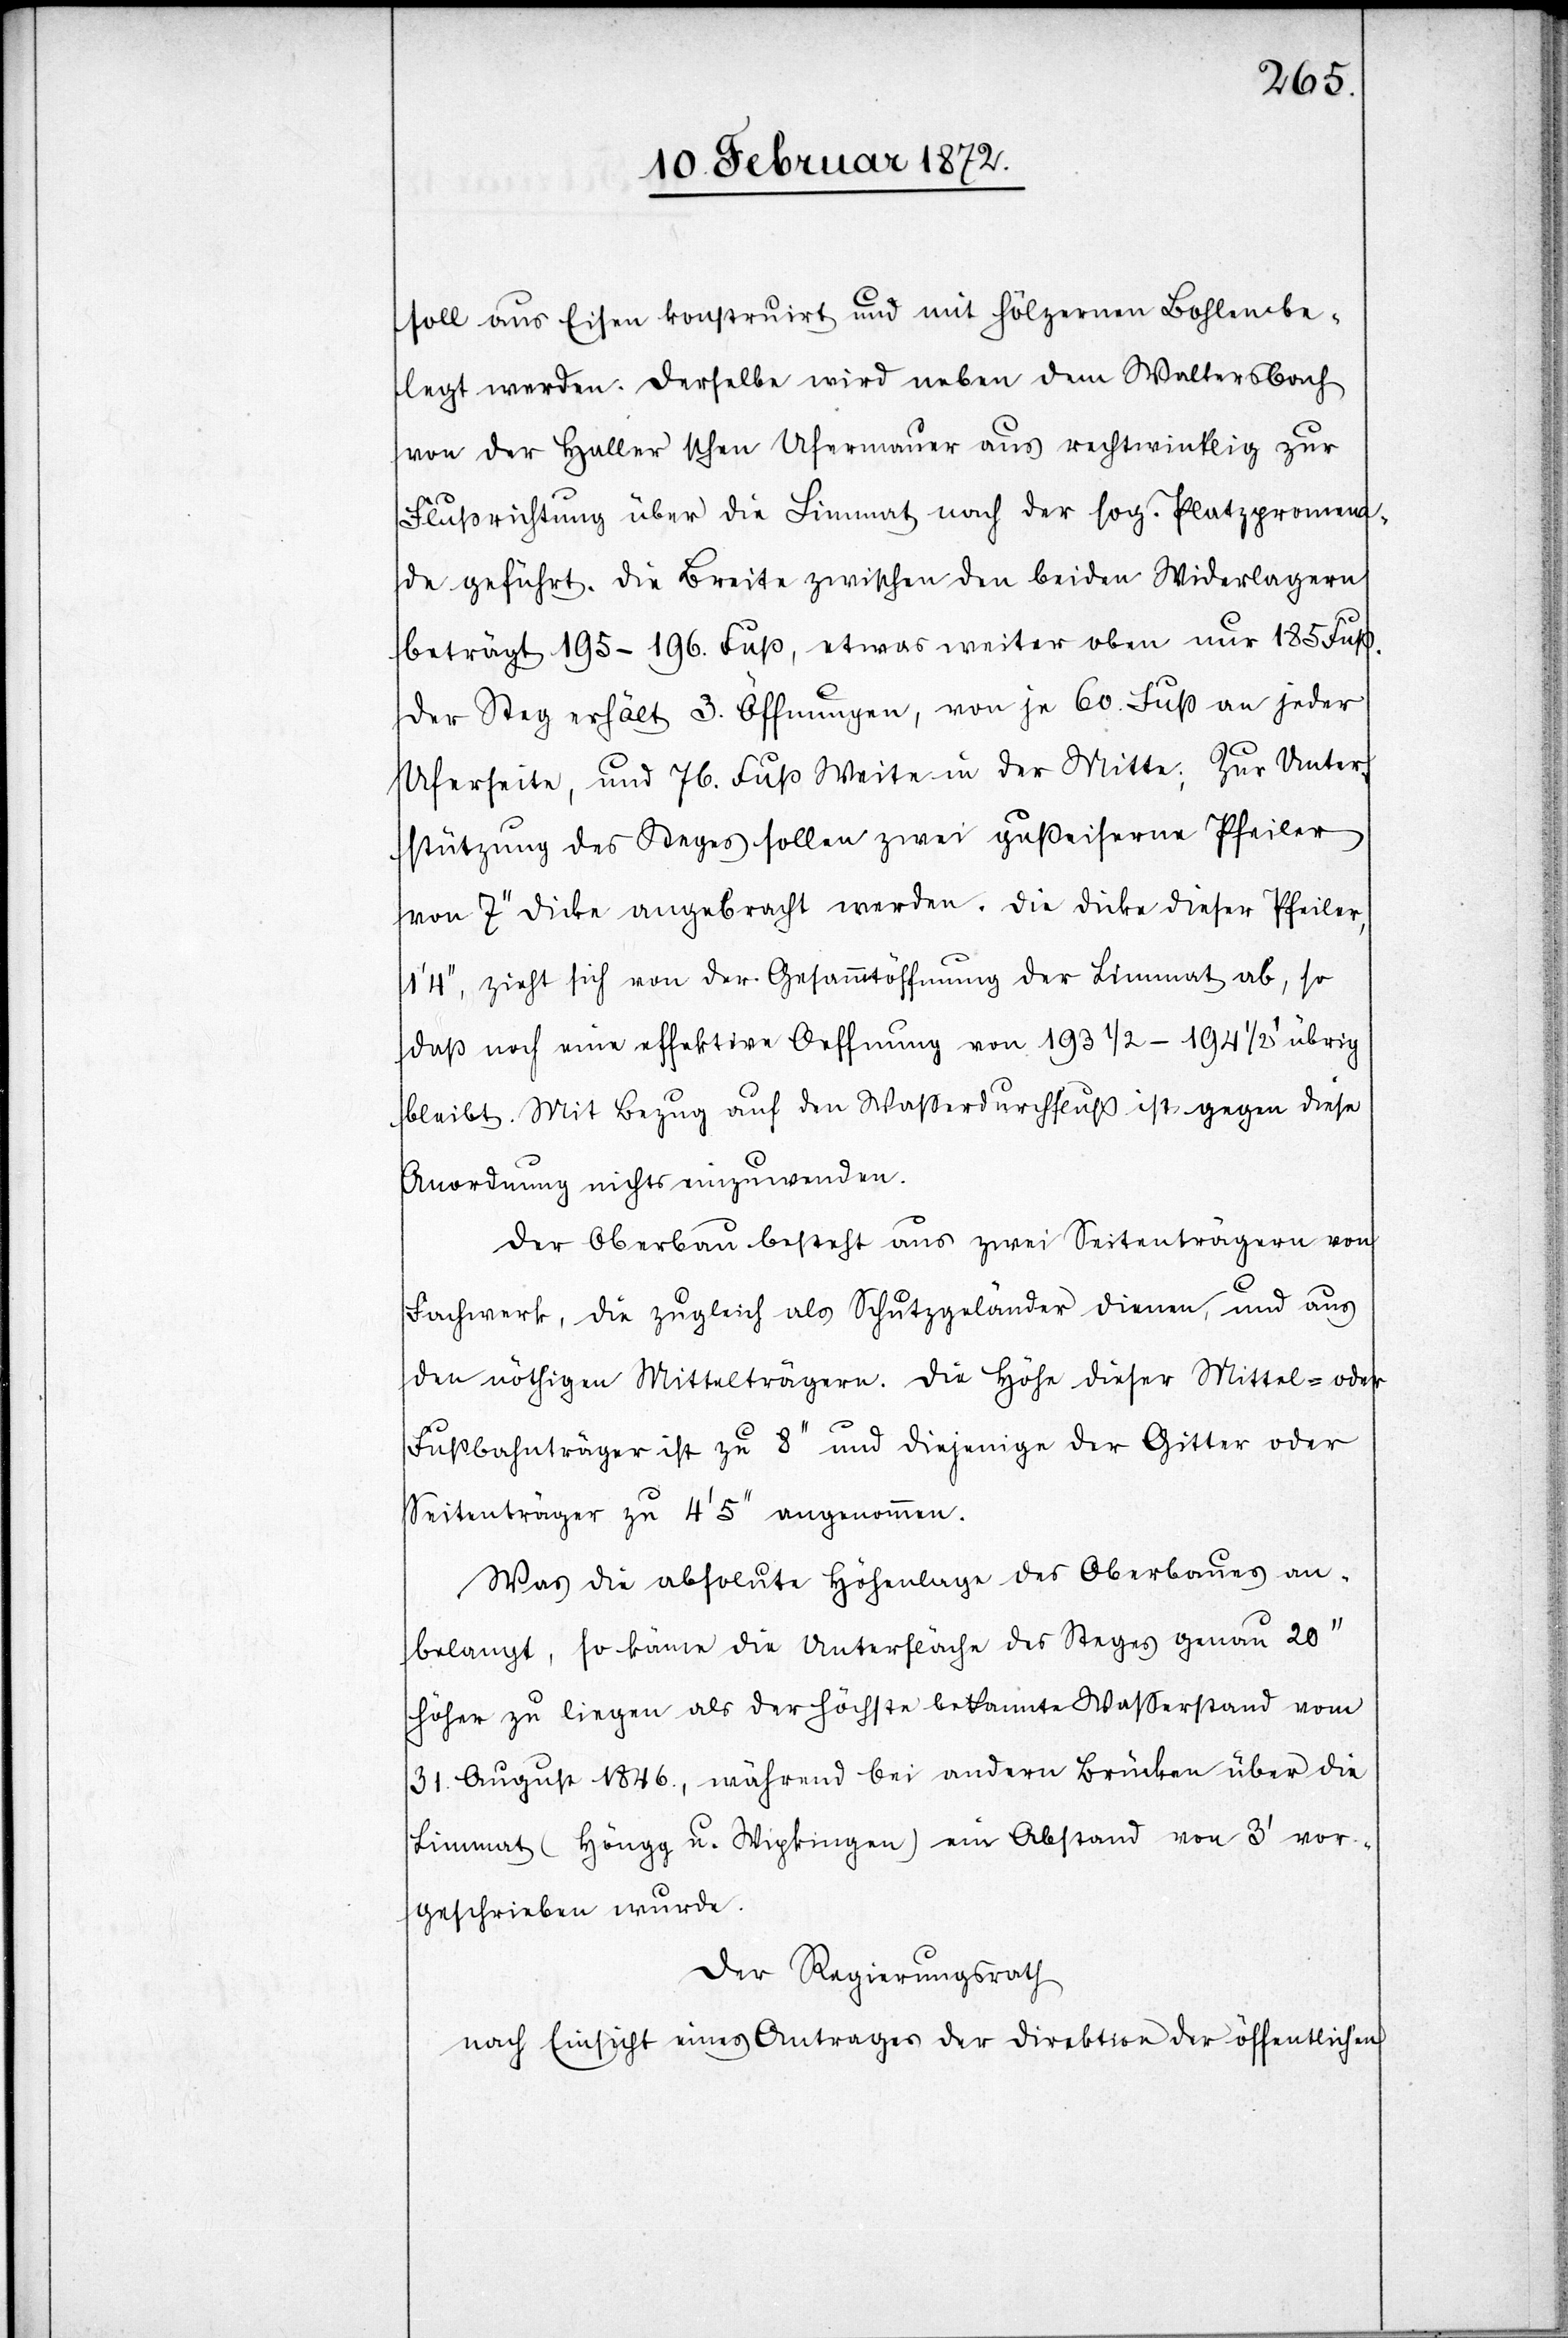
soll aus Eisen konstruirt und mit hölzernen Bohlen be¬
legt werden. Derselbe wird neben dem Waltersbach
von der Haller’schen Ufermauer aus rechtwinklig zur
Flußrichtung über die Limmat nach der sog. Platzpromena¬
de geführt. Die Breite zwischen den beiden Widerlagern
beträgt 195–196. Fuß, etwas weiter oben nur 185 Fuß.
Der Steg erhält 3. Öffnungen, von je 60 Fuß an jeder
Uferseite, und 76. Fuß Weite in der Mitte. Zur Unter¬
stützung des Steges sollen zwei gußeiserne Pfeiler
von 7’’ Dicke angebracht werden. Die Dicke dieser Pfeiler,
4’’, zieht sich von der Gesammtöffnung der Limmat ab, so
daß noch eine effektive Oeffnung von 193 1/2–194 1/2’ übrig
bleibt. Mit Bezug auf den Wasserdurchfluß ist gegen diese
Anordnung nichts einzuwenden.
Der Oberbau besteht aus zwei Seitenträgern von
Fachwerk, die zugleich als Schutzgeländer dienen, und aus
den nöthigen Mittelträgern. Die Höhe dieser Mittel- oder
Fußbahnträger ist zu 8’’ und diejenige der Gitter oder
Seitenträger zu 4’ 5’’ angenommen.
Was die absolute Höhenlage des Oberbaues an¬
belangt, so käme die Unterfläche des Steges genau 20’’
höher zu liegen als der höchste bekannte Wasserstand vom
31. August 1846., während bei andern Brücken über die
Limmat (Höngg u. Wipkingen) ein Abstand von 3’ vor¬
geschrieben wurde.
Der Regierungsrath
nach Einsicht eines Antrages der Direktion der öffentlichen